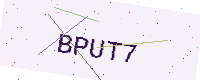
Text: BPUT7